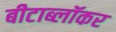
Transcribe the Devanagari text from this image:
बीटाब्लॉकर